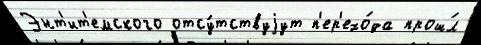
Энт'ит'емского отсу́тствуjут п'ер'ехо́да прош́л